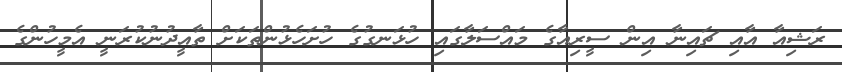
ރަޝިއާ އާއި ޗައިނާ އިން ސީރިއާގެ މައްސަލާގައި ހުޅަނގުގެ ހުށަހެޅުންތަކަށް ތާއީދުނުކުރަނީ އެމީހުންގެ